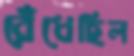
রেঁধেছিল